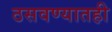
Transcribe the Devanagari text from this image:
ठसवण्यातही